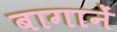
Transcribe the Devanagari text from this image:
बागानें